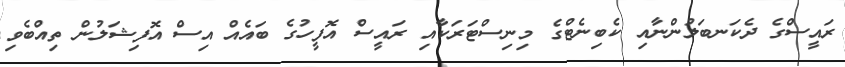
ރައީސްގެ ދެކަނބަލުންނާއި ކެބިނެޓްގެ މިނިސްޓަރަކާއި ރައީސް އޮފީހުގެ ބައެއް އިސް އޮފިޝަލުން ތިއްބެވި